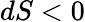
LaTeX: dS<0